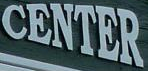
CENTER